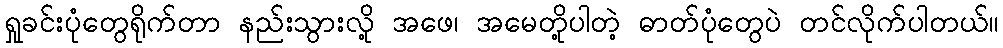
ရှုခင်းပုံတွေရိုက်တာ နည်းသွားလို့ အဖေ၊ အမေတို့ပါတဲ့ ဓာတ်ပုံတွေပဲ တင်လိုက်ပါတယ်။